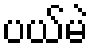
ပယ်မဲ